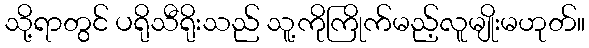
သို့ရာတွင် ပရိုသီရိုးသည် သူ့ကိုကြိုက်မည့်လူမျိုးမဟုတ်။